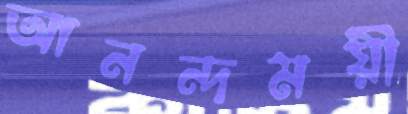
আনন্দময়ী